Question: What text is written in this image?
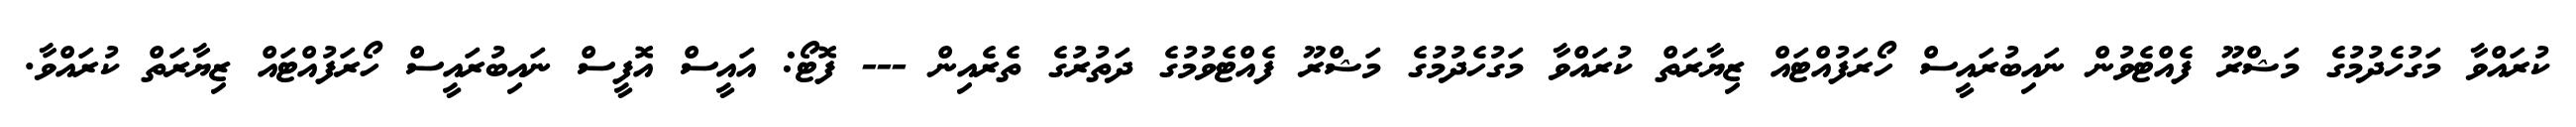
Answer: ކުރައްވާ މަގުހެދުމުގެ މަޝްރޫ ފެއްޓެވުން ނައިބުރައީސް ހޯރަފުއްޓައް ޒިޔާރަތް ކުރައްވާ މަގުހެދުމުގެ މަޝްރޫ ފެއްޓެވުމުގެ ދަތުރުގެ ތެރެއިން --- ފޮޓޯ: އައީސް އޮފީސް ނައިބުރައީސް ހޯރަފުއްޓައް ޒިޔާރަތް ކުރައްވާ.